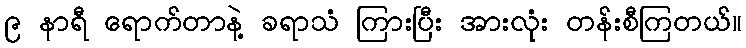
၉ နာရီ ရောက်တာနဲ့ ခရာသံ ကြားပြီး အားလုံး တန်းစီကြတယ်။